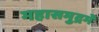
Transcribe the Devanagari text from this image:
महासमुद्रमें